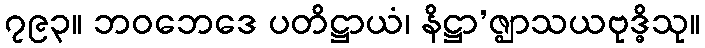
၇၉၃။ ဘဝဘေဒေ ပတိဋ္ဌာယံ၊ နိဋ္ဌာ’ဇ္ဈာသယဗုဒ္ဓိသု။